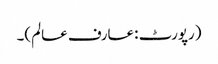
(رپورٹ :عارف عالم)۔